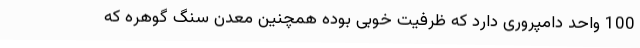
100 واحد دامپروری دارد که ظرفیت خوبی بوده همچنین معدن سنگ گوهره که